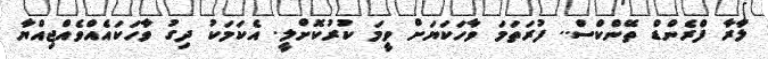
ލާރާ ފްރެންޑް ތޭންކްސް.. ފުރަތަމަ ވާހަކަޔަށް ވީމަ ކުރުކޮށްލީ. އެކަމަކު ދިގު ވާހަކައެއްވެއްޖިއްޔާ